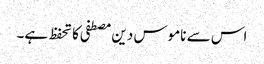
اس سے ناموس دین مصطفی کا تحفظ ہے۔